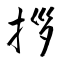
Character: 拶